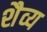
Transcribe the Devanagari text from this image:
शैव्य